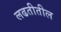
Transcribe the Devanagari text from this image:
लढतीतील